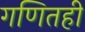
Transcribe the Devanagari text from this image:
गणितही